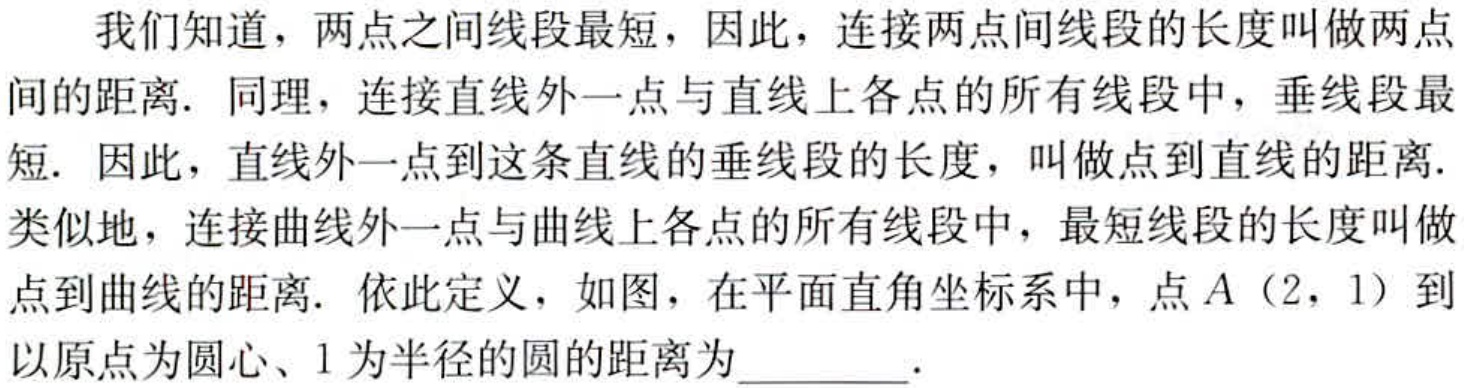
我们知道，两点之间线段最短，因此，连接两点间线段的长度叫做两点间的距离. 同理，连接直线外一点与直线上各点的所有线段中，垂线段最短. 因此，直线外一点到这条直线的垂线段的长度，叫做点到直线的距离. 类似地，连接曲线外一点与曲线上各点的所有线段中，最短线段的长度叫做点到曲线的距离. 依此定义，如图，在平面直角坐标系中，点\(A(2,1)\)到以原点为圆心、\(1\)为半径的圆的距离为________.